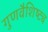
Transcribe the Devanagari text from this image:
गुणवैशिष्ट्य